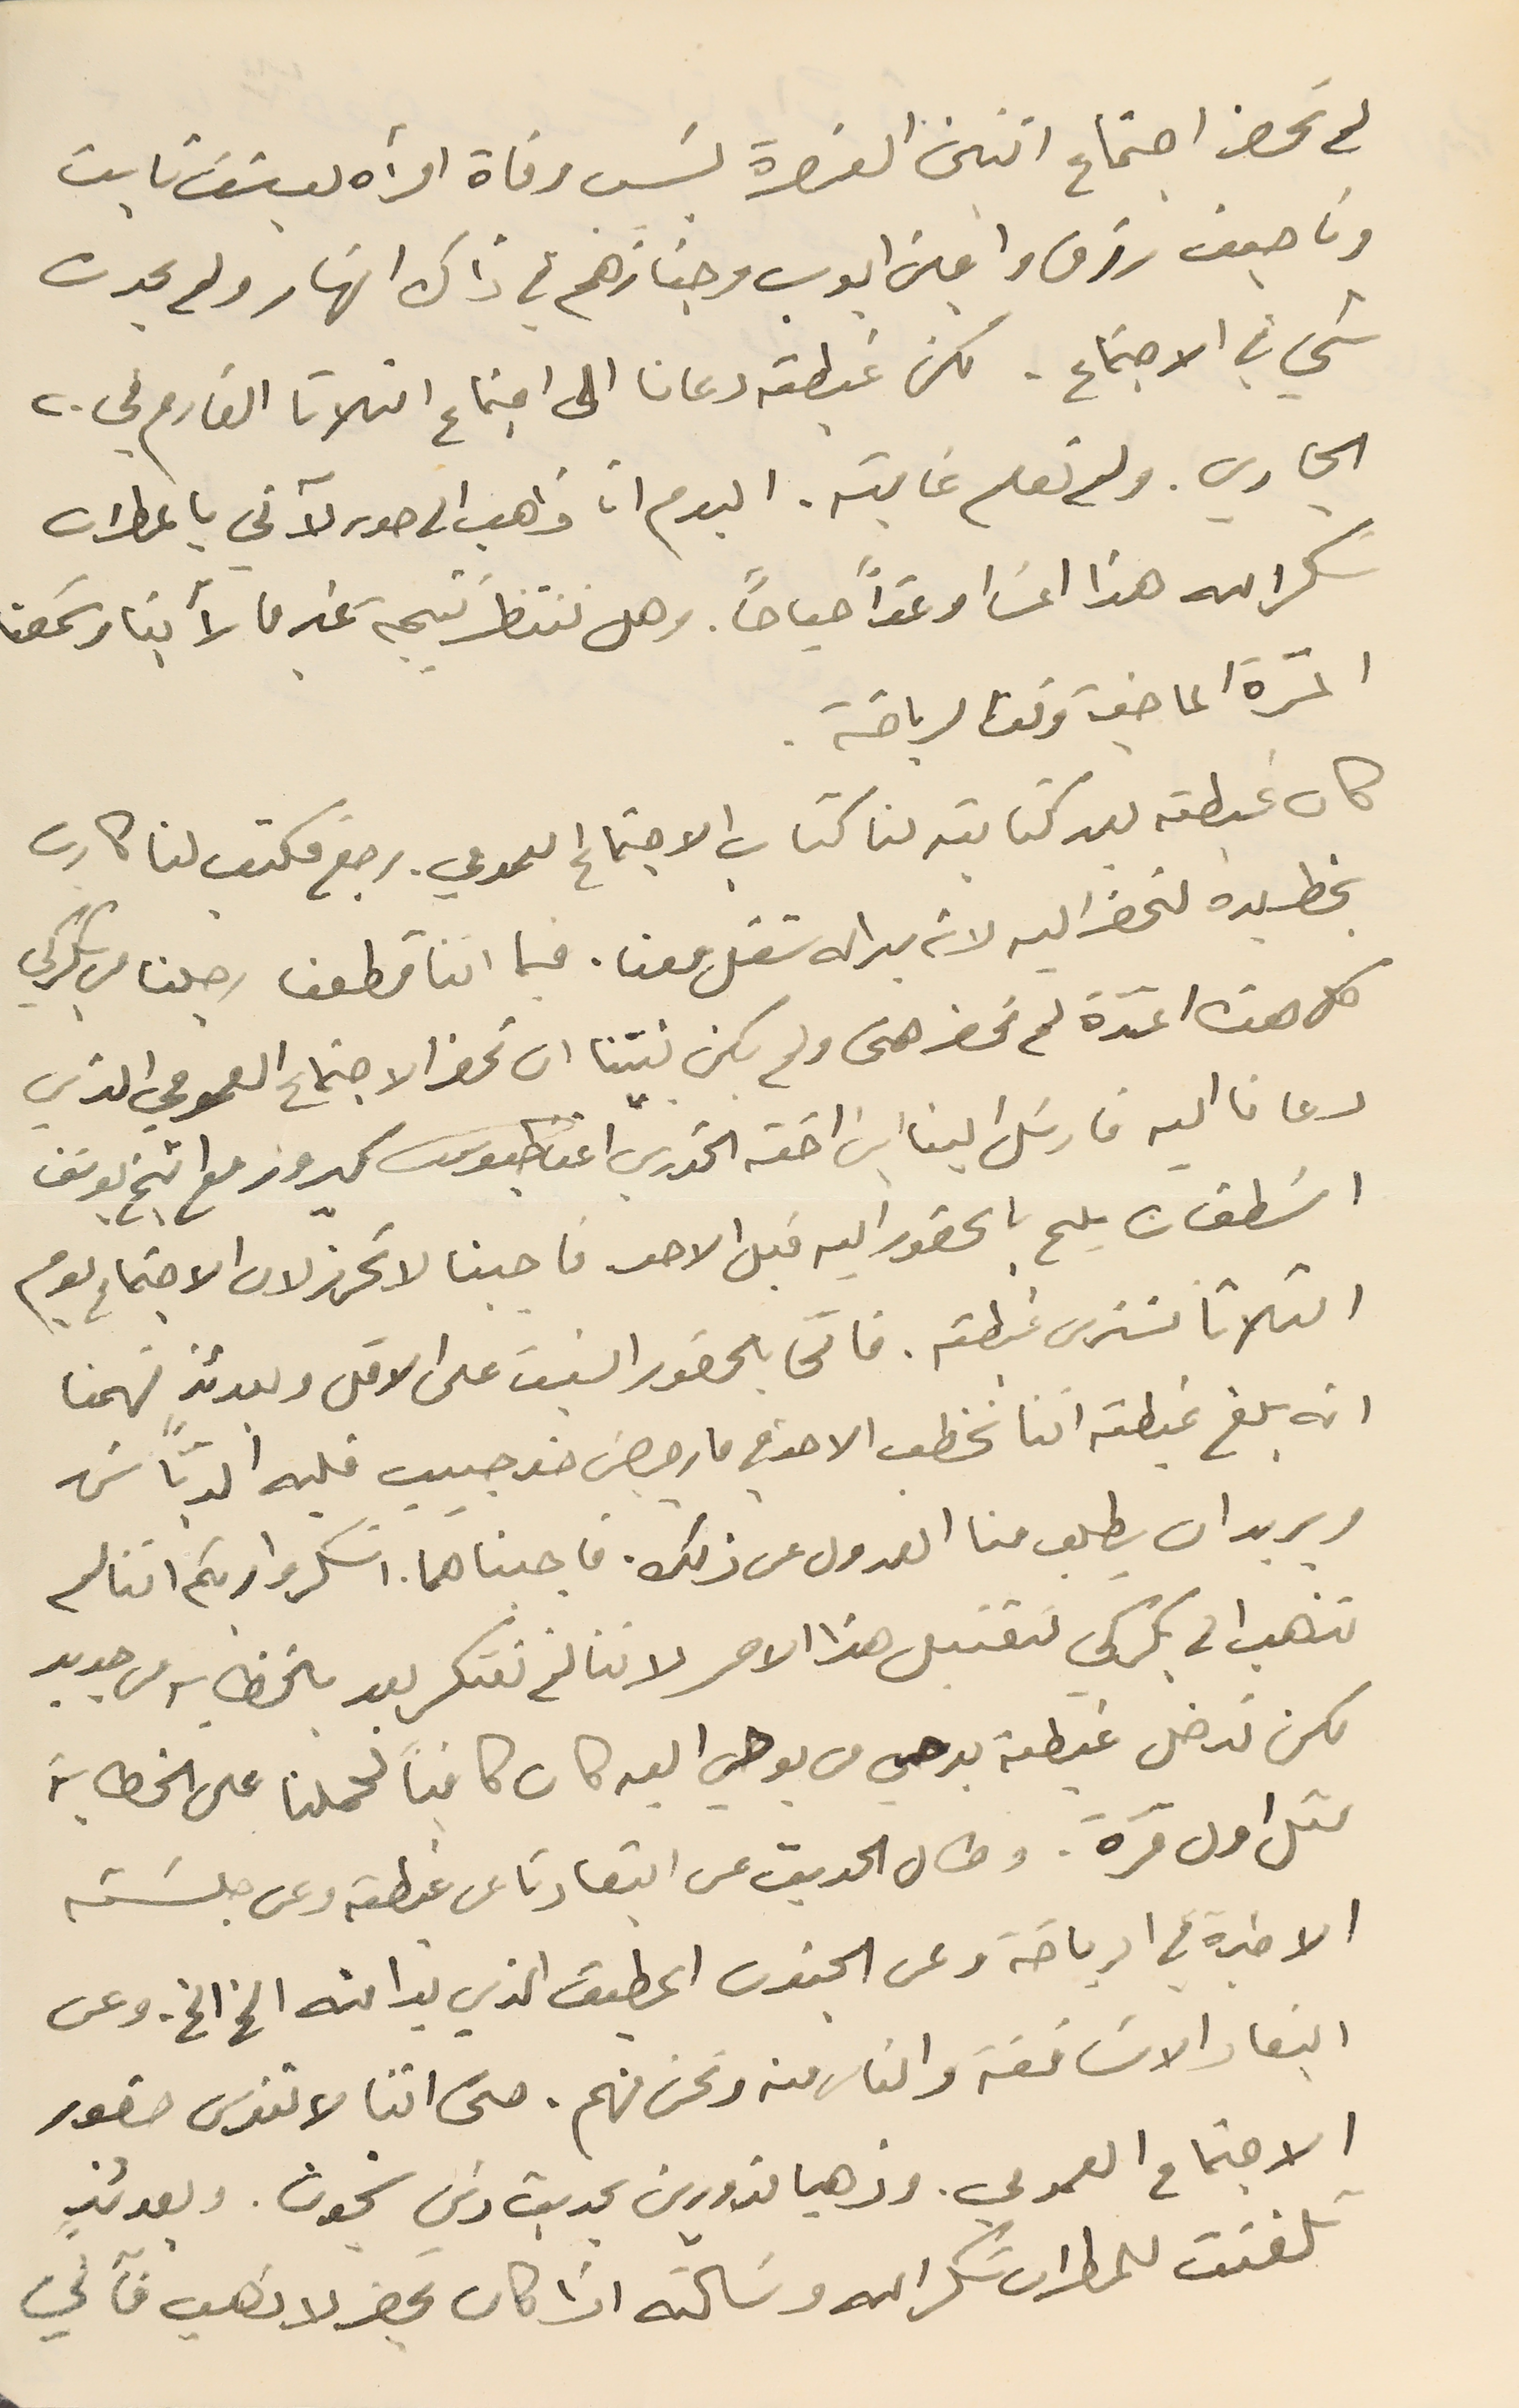
لم نحضر اجتماع اثنين العنصرة بسَبب وفاة امرأه يوسَف ثابت
وناصيف رزق وامين ايوب وجنازَهم في ذاك النهار ولم يحدث
شي في الاجتماع. لكن غبطته دعانا الى اجتماع الثلاثا القادم في ٢٠
الجاري. ولم نعلم غايته. اليوم انا ذاهب الى صور لآتي بالمطران
شكرالله هذا المسَا وغداً صباحاً. وهل ننتظر نتيجه غير ما رأينا وسَمعنا
 المَرة الماضية وقت الرياضة .
كان غبطته بعد كتابته لنا كتاب الاجتماع العمومي. رجع فكتب لنا كارت
بخط يده لنحضر اليه لانه بدا له شغل معنا. فيما اننا قطعنا رجلنا من بكركي
كل هذه المدّة لم نحضر حتى ولم يكن نيتنا ان نحضر الاجتماع العمومي الذي
دعانا اليه فارسَل الينا ابن اخته الخوري اغناطيوس كيروز مع الشيخ يوسَف
اسَطفان يلح بالحضور اليه قبل الاحد فاجبنا لا تحرز لان الاجتماع يوم
الثلاثا لنرى غبطته. فالحا بالحضور السبت على الاقل وبعدئذٍ فهمنا
انه بلغ غبطته اننا نخطب الاحد في مار جرجسَ ضد حبيب قلبه الدبّاسَ
ويريد ان يطلب منا العدول عن ذلك. فاجبناهما. اشكروا ربكم اننا لم
نذهب الى بكركي لتقتبل هذا الامر لاننا لم نفتكر بعد بالخطابة من جديد
لكن تدخل غبطته بوحي من يوحي اليه كان كافياً لحملنا على الخطابة
مثل اول مرة. وطال الحديث عن ابتعادنا عن غبطته وعن جلسَته
الاخيرة في الرياضة وعن الجنون المطبق الذي بدا منه الخ الخ. وعن
ابتعاد الاسَاقفة والناس منه ونحن منهم. حتى اننا لا ننوى حضور
 الاجتماع العمومي. وذهبا مزورين بحديث ذي شحون . وبعدئذٍ
 تلفنت للمطران شكرالله وسَألته اذا كان يحضر لاذهب فآني